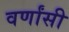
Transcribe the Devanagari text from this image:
वर्णांसी